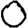
Digit: 0